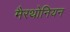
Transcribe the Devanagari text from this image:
मैरथोनियन